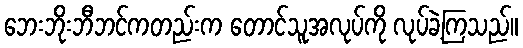
ဘေးဘိုးဘီဘင်ကတည်းက တောင်သူအလုပ်ကို လုပ်ခဲ့ကြသည်။